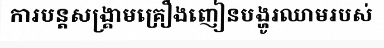
ការបន្តសង្គ្រាមគ្រឿងញៀនបង្ហូរឈាមរបស់